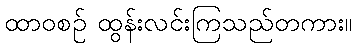
ထာဝစဉ် ထွန်းလင်းကြသည်တကား။